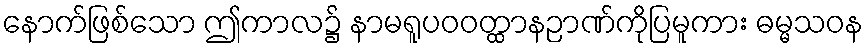
နောက်ဖြစ်သော ဤကာလ၌ နာမရူပဝဝတ္ထာနဉာဏ်ကိုပြမူကား ဓမ္မသဝန